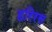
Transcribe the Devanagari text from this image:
हरिरस